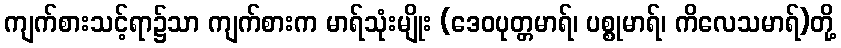
ကျက်စားသင့်ရာ၌သာ ကျက်စားက မာရ်သုံးမျိုး (ဒေဝပုတ္တမာရ်၊ ပစ္စုမာရ်၊ ကိလေသမာရ်)တို့